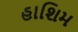
હાશિમ